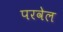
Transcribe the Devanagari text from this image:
परवेल